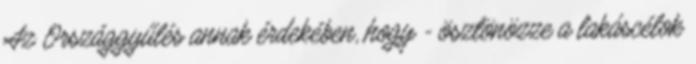
Az Országgyűlés annak érdekében, hogy - ösztönözze a lakáscélok